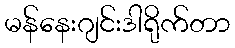
မန်နေးဂျင်းဒါရိုက်တာ